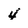
Character: 4